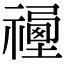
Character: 𥛿